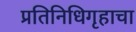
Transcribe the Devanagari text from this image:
प्रतिनिधिगृहाचा